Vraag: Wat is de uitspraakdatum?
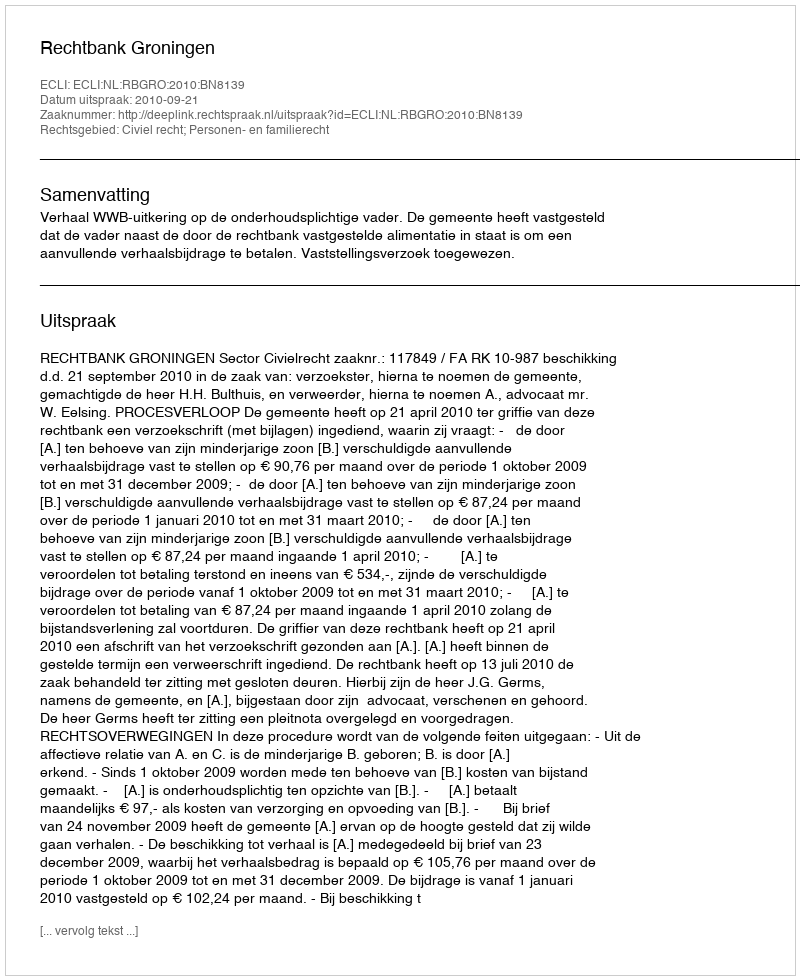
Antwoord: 2010-09-21